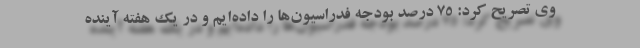
وی تصریح کرد: 75 درصد بودجه فدراسیون‌ها را داده‌ایم و در یک هفته آینده